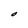
Character: O